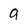
Character: g